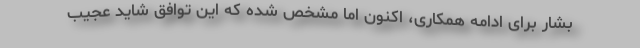
بشار برای ادامه همکاری، اکنون اما مشخص شده که این توافق شاید عجیب